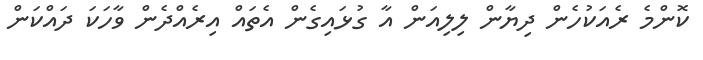
ކޮންމެ ރެއަކުހެން ދިޔާން ލިލިއަން އާ ގުޅައިގެން އެތައް އިރެއްދެން ވާހަކަ ދައްކަން